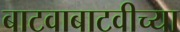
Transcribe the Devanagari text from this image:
बाटवाबाटवीच्या